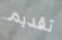
تقديم